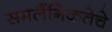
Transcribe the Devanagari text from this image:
समलैंगिकतेचे